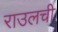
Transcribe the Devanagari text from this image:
राउलची